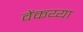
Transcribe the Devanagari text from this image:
वेंकय्या